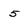
Character: 5